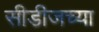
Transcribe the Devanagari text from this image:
सीडीजच्या